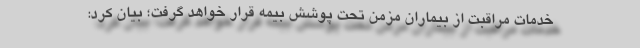
خدمات مراقبت از بیماران مزمن تحت پوشش بیمه قرار خواهد گرفت؛ بیان کرد: